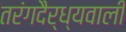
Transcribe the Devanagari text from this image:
तरंगदैर्ध्यवाली